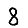
Digit: 8